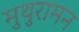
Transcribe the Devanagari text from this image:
मुथुरामन